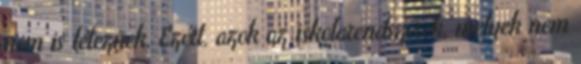
nem is léteznek. Ezért, azok az iskolarendszerek, melyek nem